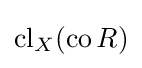
\operatorname {cl} _{X}(\operatorname {co} R)